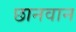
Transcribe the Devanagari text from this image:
छानवान